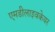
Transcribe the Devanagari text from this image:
एमडीलाइवकेयर